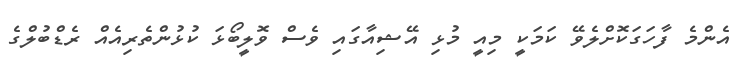
އެންމެ ފާހަގަކޮށްލެވޭ ކަމަކީ މިއީ މުޅި އޭޝިއާގައި ވެސް ވޮލީބޯޅަ ކުޅުންތެރިއެއް ރެޑްބުލްގެ